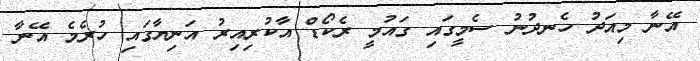
އޭނާ މިއަދު ހެނދުނު ސެމީގައި ގައުމީ ރެކޯޑް އާކުރިއިރު އަނިޔާގައި ހުރެމެ އޭނާ